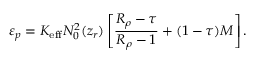
\varepsilon _ { p } = K _ { \mathrm { e f f } } N _ { 0 } ^ { 2 } ( z _ { r } ) \left[ \frac { R _ { \rho } - \tau } { R _ { \rho } - 1 } + ( 1 - \tau ) { \cal M } \right] .